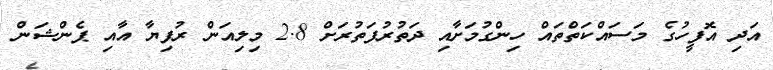
އަދި އޮފީހުގެ މަސައްކަތްތައް ހިންގުމަށާއި ދަތުރުފަތުރަށް 2.8 މިލިއަން ރުފިޔާ އާއި ޕެންޝަން